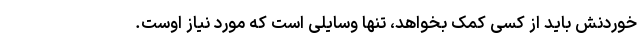
خوردنش باید از کسی کمک بخواهد، تنها وسایلی است که مورد نیاز اوست.